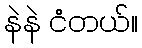
နဲနဲ ငံတယ်။